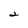
Character: 2